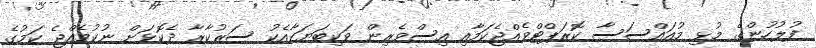
ފުލުހުންގެ މުޅި މުއައްސަސާ ކޮރަޕްޓްވެއްޖެކަމާއި އިސްވެރިން ވަކިބަޔަކާއެކު ސަރުކާރާ ދެކޮޅަށް ނުކުމެއްޖެ ކަމުގެ